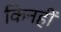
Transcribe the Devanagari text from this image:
किनहीं